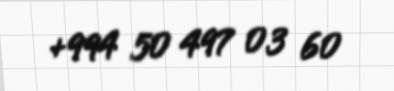
+994 50 497 03 60